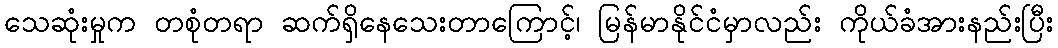
သေဆုံးမှုက တစုံတရာ ဆက်ရှိနေသေးတာကြောင့်၊ မြန်မာနိုင်ငံမှာလည်း ကိုယ်ခံအားနည်းပြီး